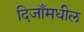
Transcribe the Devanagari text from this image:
दिजाँमधील